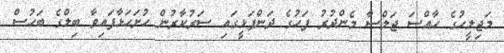
މަޖިލީހުގެ ހާއްސަ ޖަލްސާ މެންދުރު ފަހުގެ ދަންފަޅީގައި ސަރުކާރުން ހުށަހަޅާފައިވާ ބިލްގެ ބަހުސް